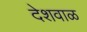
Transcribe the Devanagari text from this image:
देशवाळ